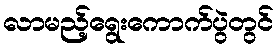
လာမည့်ရွေးကောက်ပွဲတွင်